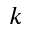
k